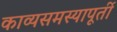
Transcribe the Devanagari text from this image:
काव्यसमस्यापूर्ती